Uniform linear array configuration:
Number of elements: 4
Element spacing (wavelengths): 0.75
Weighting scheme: hann
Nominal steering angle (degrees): -15
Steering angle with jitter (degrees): -14.121
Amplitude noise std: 0.05
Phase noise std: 0.05

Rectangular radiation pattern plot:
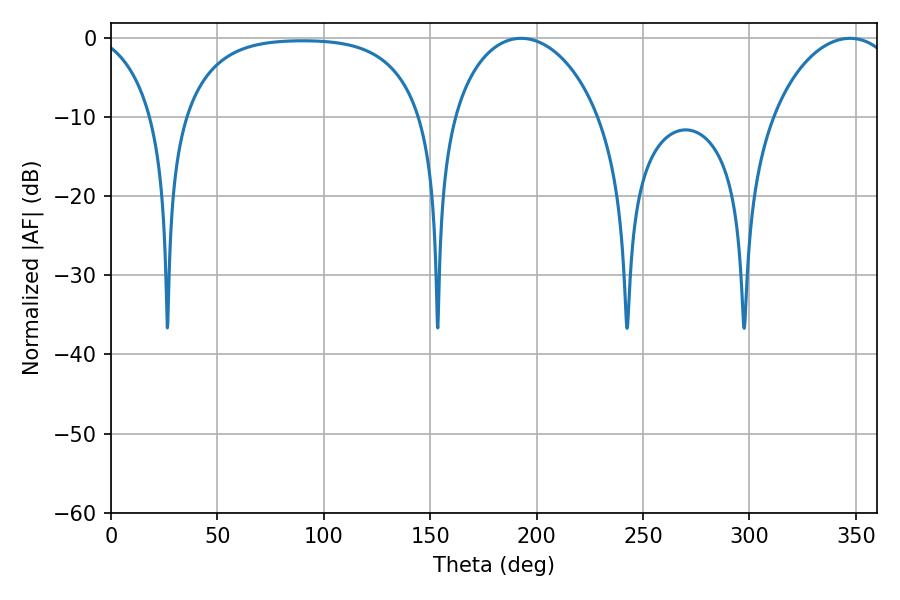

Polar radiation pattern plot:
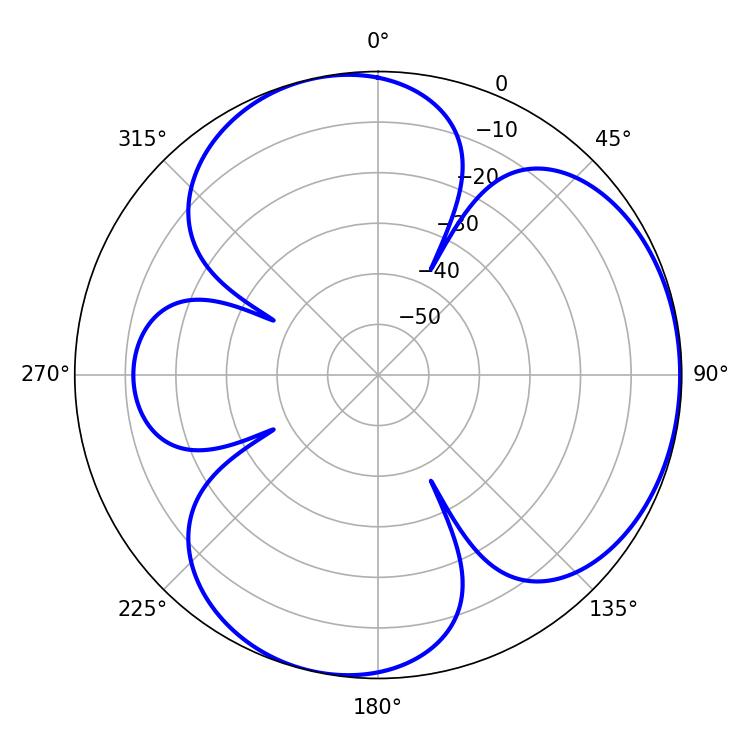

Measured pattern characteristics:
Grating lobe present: TRUE
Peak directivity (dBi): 4.19
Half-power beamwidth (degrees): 39.96
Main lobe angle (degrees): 192.78